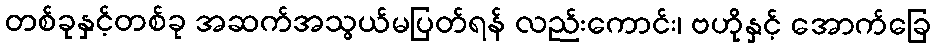
တစ်ခုနှင့်တစ်ခု အဆက်အသွယ်မပြတ်ရန် လည်းကောင်း၊ ဗဟိုနှင့် အောက်ခြေ